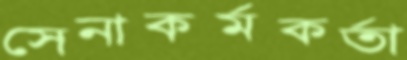
সেনাকর্মকর্তা